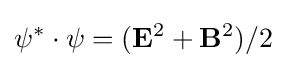
\psi ^{*}\cdot \psi =(\mathbf {E} ^{2}+\mathbf {B} ^{2})/2